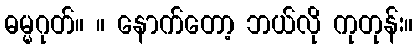
ဓမ္မဂုတ်။ ။ နောက်တော့ ဘယ်လို ကုတုန်း။